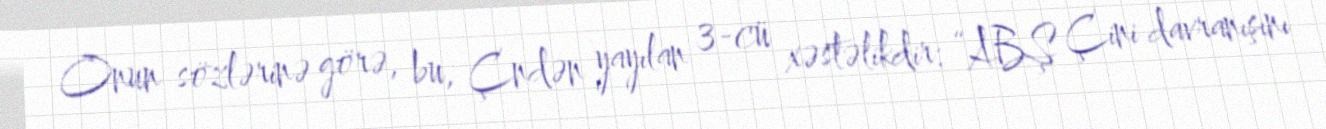
Onun sözlərinə görə, bu, Çndən yayılan 3-cü xəstəlikdir: “ABŞ Çini davranışını